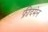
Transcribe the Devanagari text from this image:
फ्रीदमेन